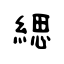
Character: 緦